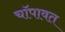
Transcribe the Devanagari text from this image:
चॉपावत